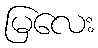
မြလေး